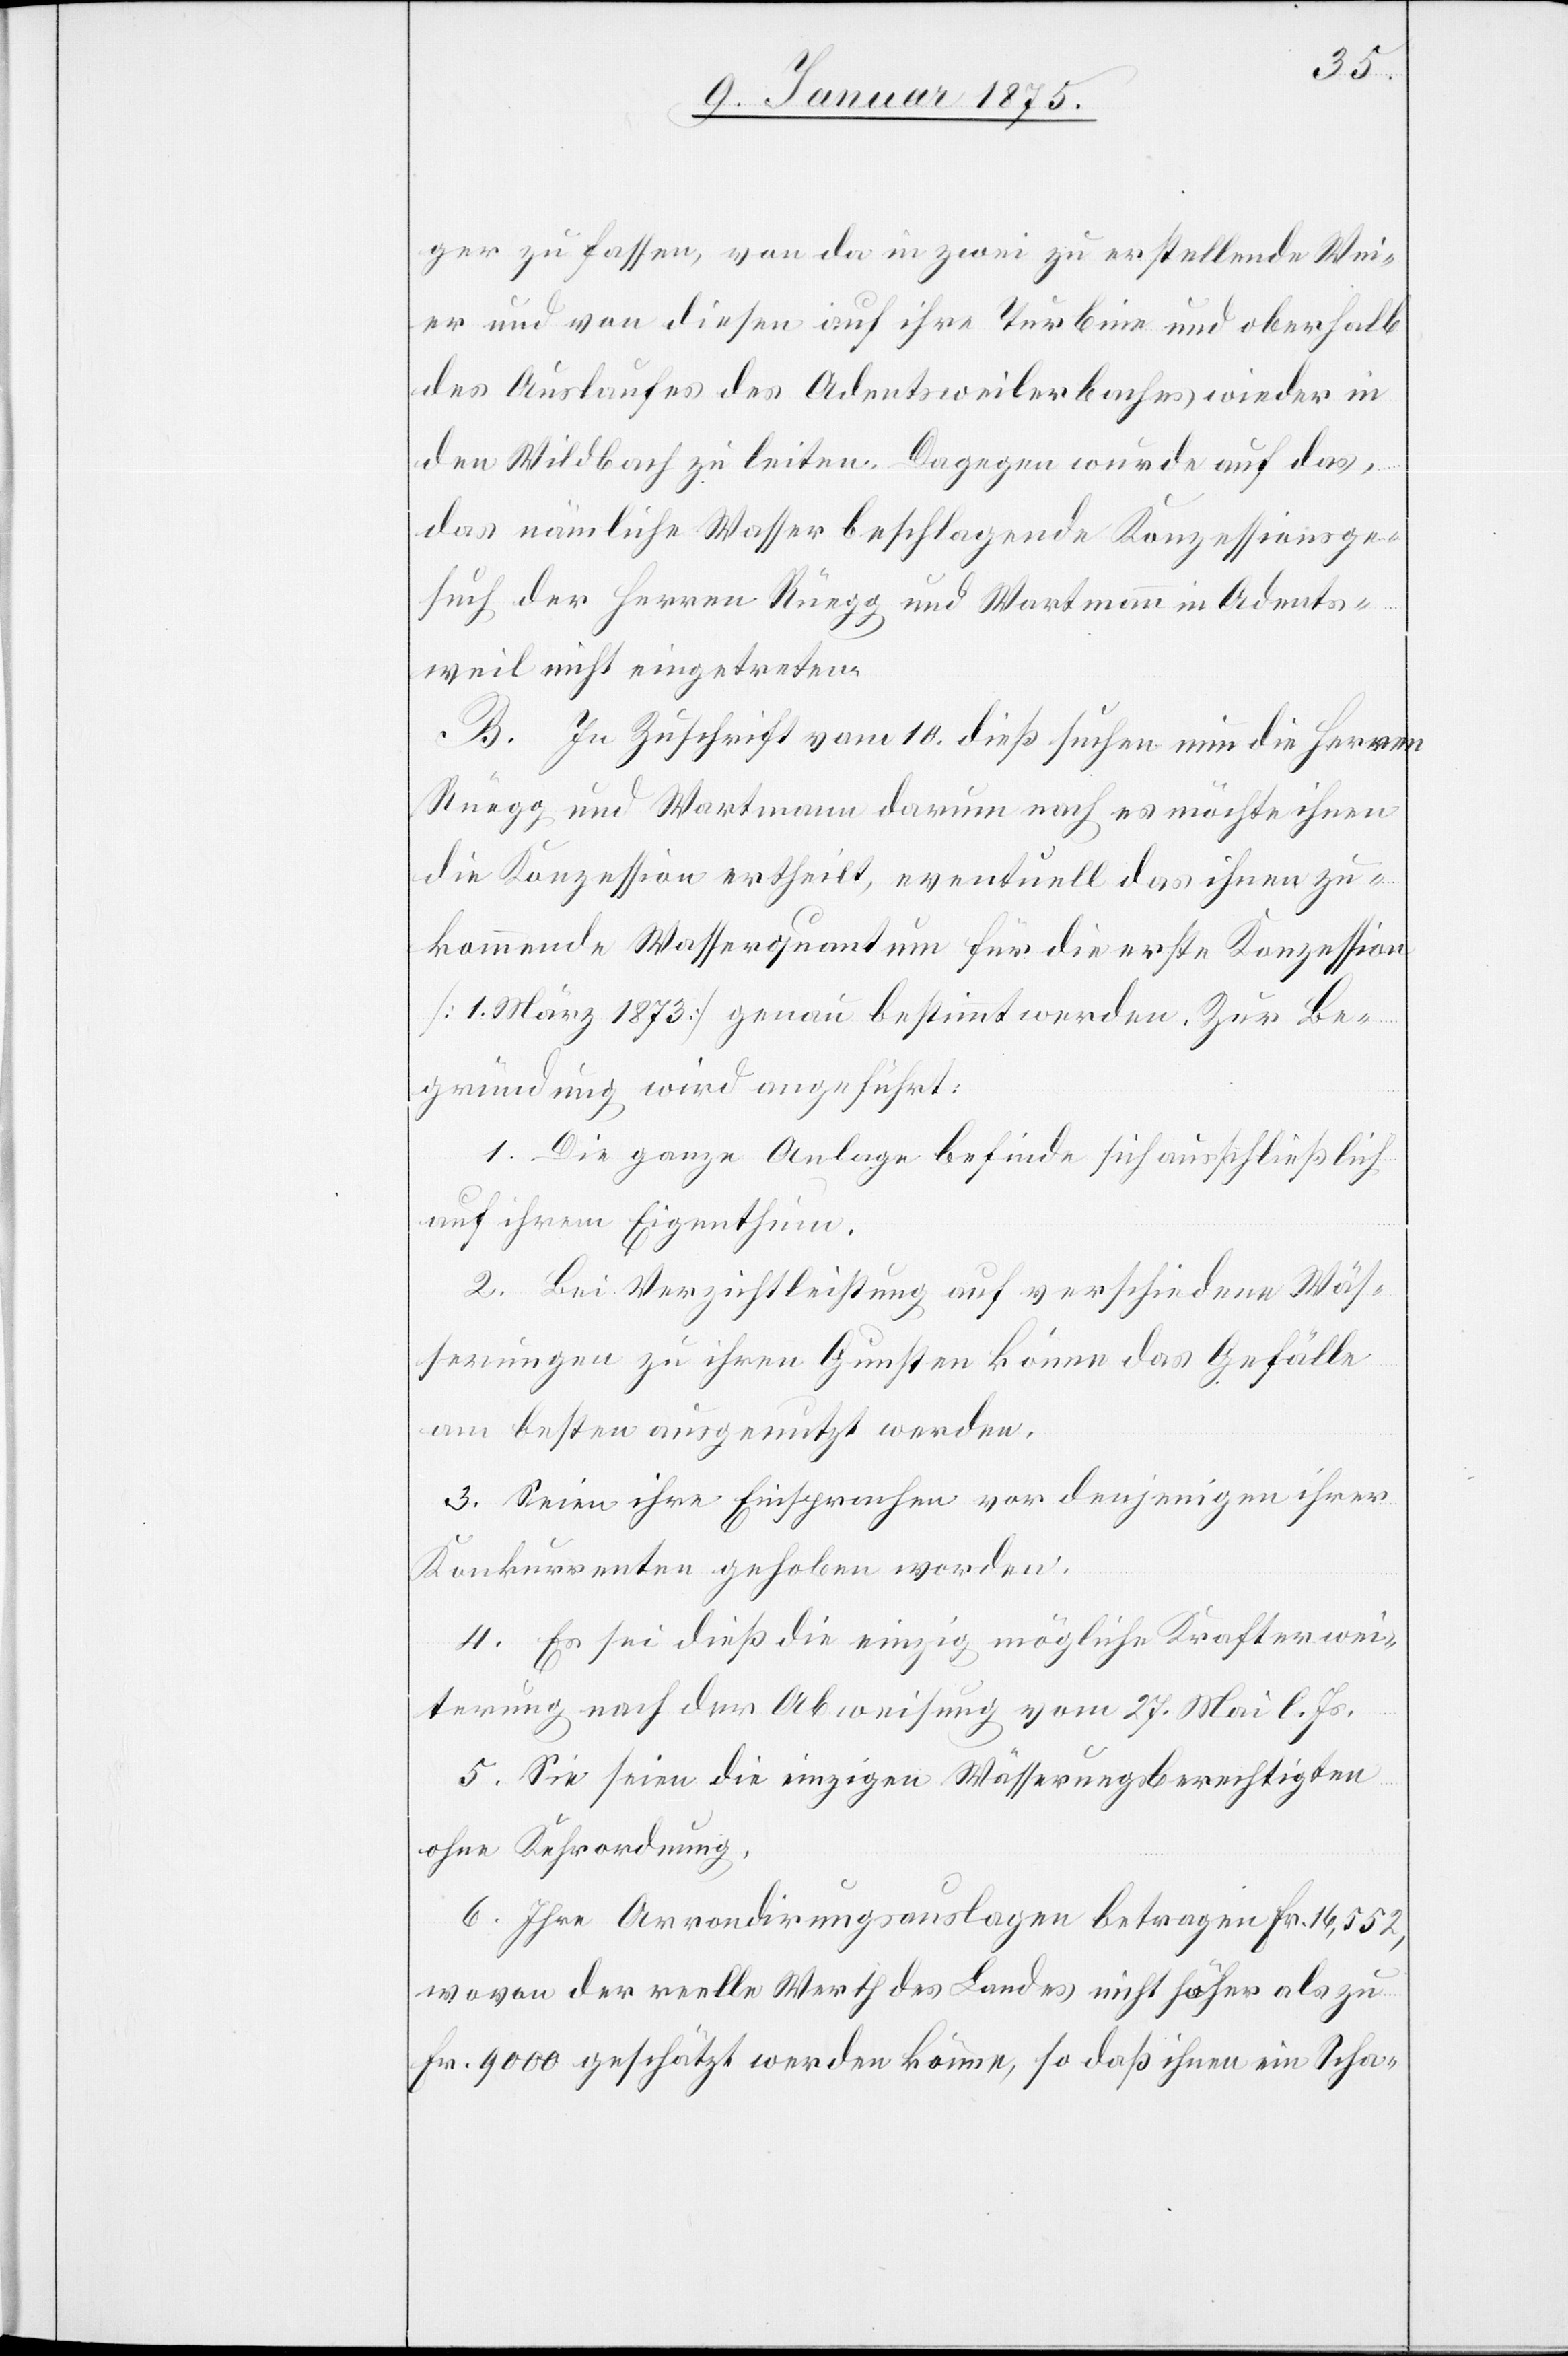
ger zu fassen, von da in zwei zu erstellende Wei¬
er und von diesen auf ihre Turbine und oberhalb
des Auslaufes des Adentsweilerbaches wieder in
den Wildbach zu leiten. Dagegen wurde auf das,
das nämliche Wasser beschlagende Konzessionsge¬
such der Herren Rüegg und Wartmann in Adents¬
weil nicht eingetreten.
B. In Zuschrift vom 10. dieß suchen nun die Herren
Rüegg und Wartmann darum nach es möchte ihnen
die Konzession ertheilt, eventuell das ihnen zu¬
kommende Wasserquant für die erste Konzession
(1. März 1873) genau bestimmt werden. Zur Be¬
gründung wird angeführt:
1. Die ganze Anlage befinde sich ausschließlich
auf ihrem Eigenthum.
2. Bei Verzichtleistung auf verschiedene Wäs¬
serungen zu ihren Gunsten könne das Gefälle
am besten ausgenutzt werden.
3. Seien ihre Einsprachen vor denjenigen ihrer
Konkurrenten gehoben worden.
4. Es sei dieß die einzig mögliche Krafterwei¬
terung nach der Abweisung vom 27. Mai l. Js.
5. Sie seien die einzigen Wässerungsberechtigten
ohne Kehrordnung.
6. Ihre Arrondirungsauslagen betragen Fr. 16,552,
wovon der reelle Werth des Landes nicht höher als zu
Fr. 9000 geschätzt werden könne, so daß ihnen ein Scha-